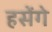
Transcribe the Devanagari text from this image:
हसेंगे